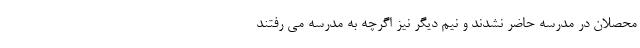
محصلان در مدرسه حاضر نشدند و نیم دیگر نیز اگرچه به مدرسه می رفتند